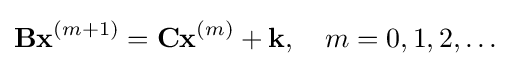
\mathbf {B} \mathbf {x} ^{(m+1)}=\mathbf {C} \mathbf {x} ^{(m)}+\mathbf {k} ,\quad m=0,1,2,\ldots